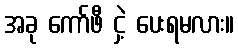
အခု ကော်ဖီ ငှဲ့ ပေးရမလား။